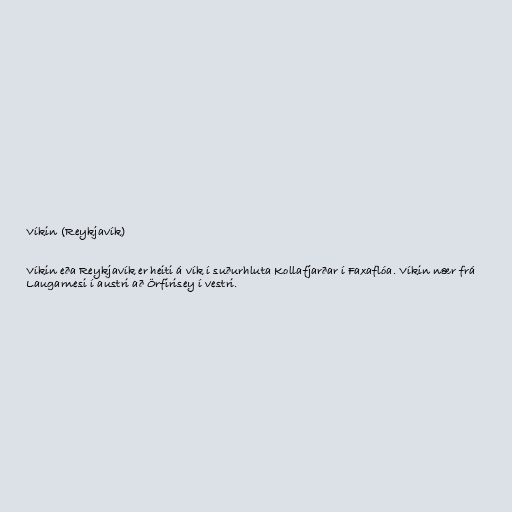
Víkin (Reykjavík)

Víkin eða Reykjavík er heiti á vík í suðurhluta Kollafjarðar í Faxaflóa. Víkin nær frá
Laugarnesi í austri að Örfirisey í vestri.